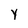
Character: Y